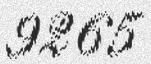
9265